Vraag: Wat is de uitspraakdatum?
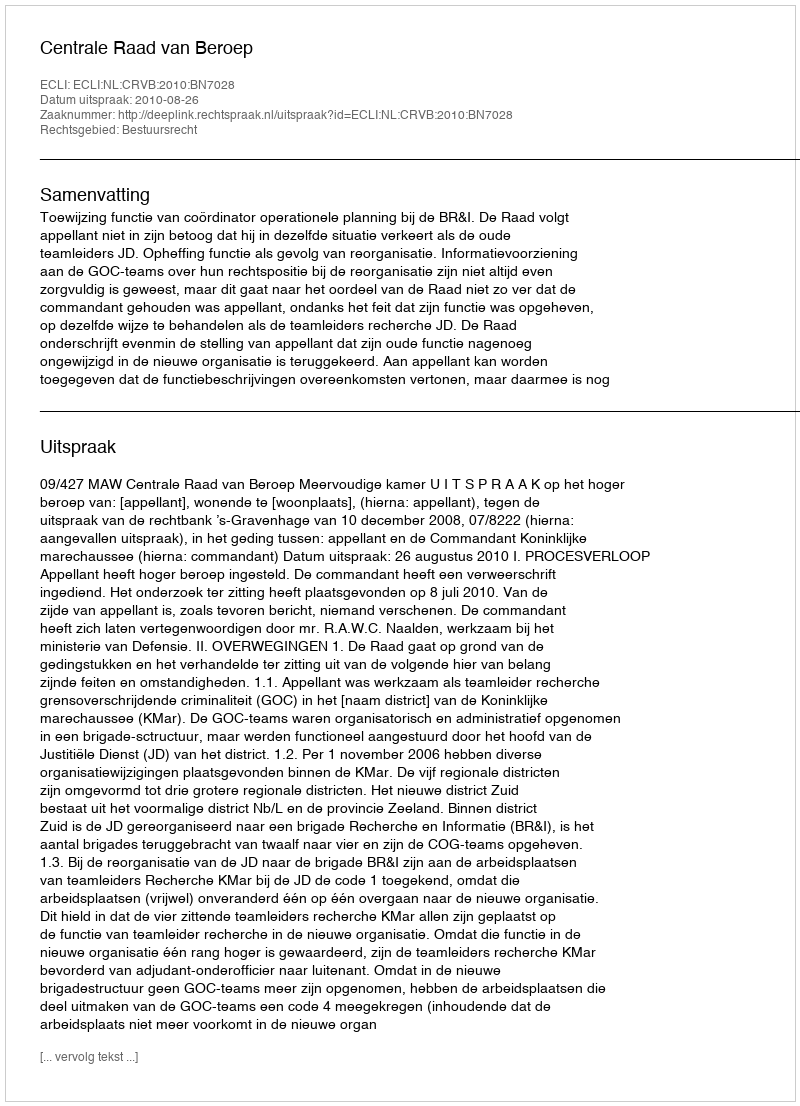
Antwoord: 2010-08-26